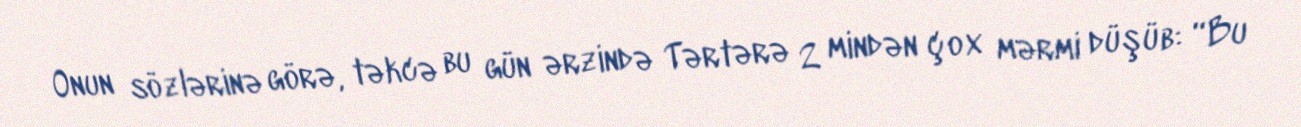
Onun sözlərinə görə, təkcə bu gün ərzində Tərtərə 2 mindən çox mərmi düşüb: “Bu